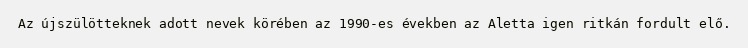
Az újszülötteknek adott nevek körében az 1990-es években az Aletta igen ritkán fordult elő.